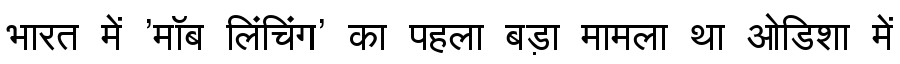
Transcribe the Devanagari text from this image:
भारत में 'मॉब लिंचिंग' का पहला बड़ा मामला था ओडिशा में